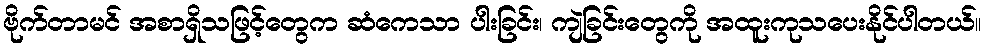
ဗိုက်တာမင် အစာရှိသဖြင့်တွေက ဆံကေသာ ပါးခြင်း၊ ကျဲခြင်းတွေကို အထူးကုသပေးနိုင်ပါတယ်။